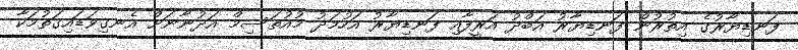
ފަނޑިޔާރުގެ އިތުރުން ފަނޑިޔާރު އަބްދު އަރީފާއި ފަނޑިޔާރު އަހުމަދު މުއުތަސިމް އަދުނާނަށް އެނގިވަޑައިގަތުމަކާ